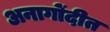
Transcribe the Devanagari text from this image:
अनागोंदीत